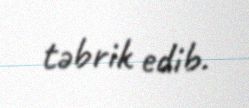
təbrik edib.